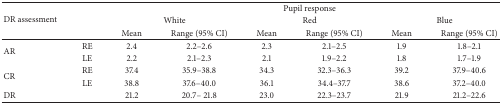
<table><thead><tr><td rowspan="3"><b>DR assessment</b></td><td rowspan="3"><b> </b></td><td colspan="6"><b>Pupil response</b></td></tr><tr><td colspan="2"><b>White</b></td><td colspan="2"><b>Red</b></td><td colspan="2"><b>Blue</b></td></tr><tr><td><b>Mean</b></td><td><b>Range (95% CI)</b></td><td><b>Mean</b></td><td><b>Range (95% CI)</b></td><td><b>Mean</b></td><td><b>Range (95% CI)</b></td></tr></thead><tbody><tr><td rowspan="2">AR</td><td>RE</td><td>2.4</td><td>2.2–2.6</td><td>2.3</td><td>2.1–2.5</td><td>1.9</td><td>1.8–2.1</td></tr><tr><td>LE</td><td>2.2</td><td>2.1–2.3</td><td>2.1</td><td>1.9–2.2</td><td>1.8</td><td>1.7–1.9</td></tr><tr><td rowspan="2">CR</td><td>RE</td><td>37.4</td><td>35.9–38.8</td><td>34.3</td><td>32.3–36.3</td><td>39.2</td><td>37.9–40.6</td></tr><tr><td>LE</td><td>38.8</td><td>37.6–40.0</td><td>36.1</td><td>34.4–37.7</td><td>38.6</td><td>37.2–40.0</td></tr><tr><td>DR</td><td> </td><td>21.2</td><td>20.7– 21.8</td><td>23.0</td><td>22.3–23.7</td><td>21.9</td><td>21.2–22.6</td></tr></tbody></table>